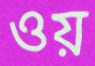
ওয়